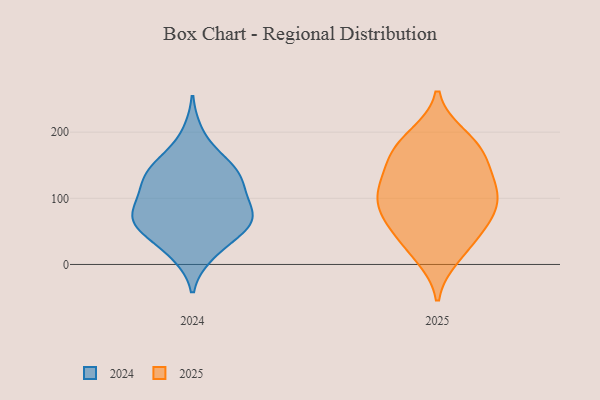
{"axis": {"x": "Temperature (°C)", "y": "Value"}, "legend": ["2024", "2025"], "data": [{"x": "", "y": 111, "type": "2025"}, {"x": "", "y": 122, "type": "2025"}, {"x": "", "y": 73, "type": "2025"}, {"x": "", "y": 41, "type": "2025"}, {"x": "", "y": 118, "type": "2025"}, {"x": "", "y": 167, "type": "2025"}, {"x": "", "y": 106, "type": "2025"}, {"x": "", "y": 62, "type": "2025"}, {"x": "", "y": 11, "type": "2025"}, {"x": "", "y": 132, "type": "2025"}, {"x": "", "y": 196, "type": "2025"}, {"x": "", "y": 17, "type": "2025"}, {"x": "", "y": 51, "type": "2025"}, {"x": "", "y": 160, "type": "2025"}, {"x": "", "y": 96, "type": "2025"}, {"x": "", "y": 165, "type": "2025"}, {"x": "", "y": 195, "type": "2025"}, {"x": "", "y": 76, "type": "2025"}, {"x": "", "y": 171, "type": "2025"}, {"x": "", "y": 88, "type": "2025"}, {"x": "", "y": 57, "type": "2024"}, {"x": "", "y": 148, "type": "2024"}, {"x": "", "y": 43, "type": "2024"}, {"x": "", "y": 119, "type": "2024"}, {"x": "", "y": 72, "type": "2024"}, {"x": "", "y": 198, "type": "2024"}, {"x": "", "y": 154, "type": "2024"}, {"x": "", "y": 62, "type": "2024"}, {"x": "", "y": 141, "type": "2024"}, {"x": "", "y": 18, "type": "2024"}, {"x": "", "y": 79, "type": "2024"}, {"x": "", "y": 15, "type": "2024"}, {"x": "", "y": 152, "type": "2024"}, {"x": "", "y": 62, "type": "2024"}, {"x": "", "y": 68, "type": "2024"}, {"x": "", "y": 67, "type": "2024"}, {"x": "", "y": 128, "type": "2024"}, {"x": "", "y": 94, "type": "2024"}, {"x": "", "y": 113, "type": "2024"}, {"x": "", "y": 108, "type": "2024"}]}